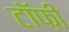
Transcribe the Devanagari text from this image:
टॉफ़ी